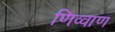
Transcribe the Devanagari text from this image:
णिव्वाण